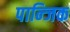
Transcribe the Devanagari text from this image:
पान्जिक